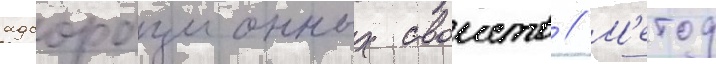
адсорбционных своиств // М'етод